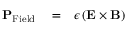
\begin{array} { r l r } { { \bf P } _ { \mathrm { F i e l d } } } & { { } = } & { \epsilon \left( { \bf E } \times { \bf B } \right) } \end{array}